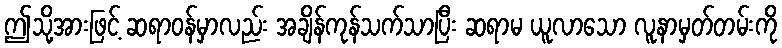
ဤသို့အားဖြင့် ဆရာဝန်မှာလည်း အချိန်ကုန်သက်သာပြီး ဆရာမ ယူလာသော လူနာမှတ်တမ်းကို